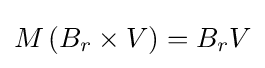
M\left(B_{r}\times V\right)=B_{r}V